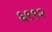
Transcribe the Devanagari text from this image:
६९९२